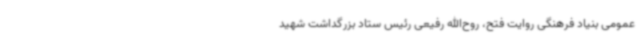
عمومی بنیاد فرهنگی روایت فتح، روح‌الله رفیعی رئیس ستاد بزرگداشت شهید